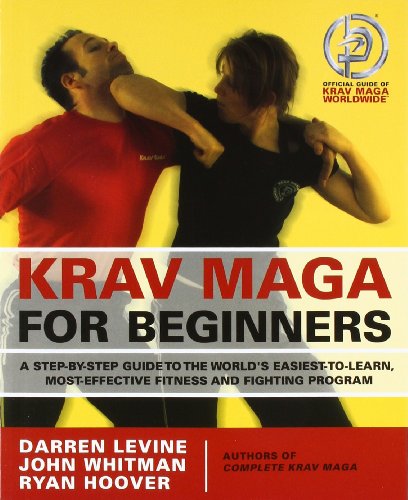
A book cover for Krav Maga for Beginners: A Step-by-Step Guide to the World's Easiest-to-Learn, Most-Effective Fitness and Fighting Program; Darren Levine; Sports & Outdoors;